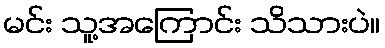
မင်း သူ့အကြောင်း သိသားပဲ။